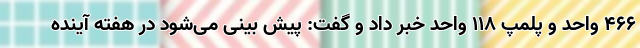
466 واحد و پلمپ 118 واحد خبر داد و گفت: پیش بینی می‌شود در هفته آینده